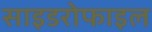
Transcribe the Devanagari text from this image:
साइडरोफाइल